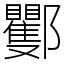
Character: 䣤